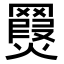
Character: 𦌨